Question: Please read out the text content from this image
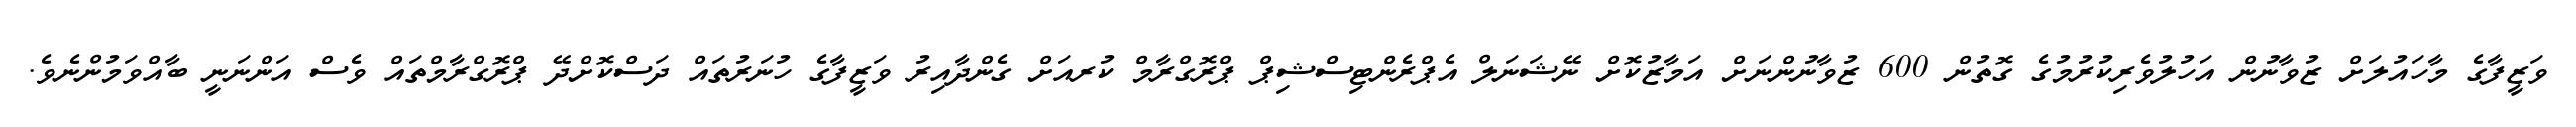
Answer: ވަޒީފާގެ މާހައުލަށް ޒުވާނުން އަހުލުވެރިކުރުމުގެ ގޮތުން 600 ޒުވާނުންނަށް އަމާޒުކޮށް ނޭޝަނަލް އެޕްރެންޓިސްޝިޕް ޕްރޮގްރާމް ކުރއަށް ގެންދާއިރު ވަޒީފާގެ ހުނަރުތައް ދަސްކޮށްދޭ ޕްރޮގްރާމްތައް ވެސް އަންނަނީ ބާއްވަމުންނެވެ.